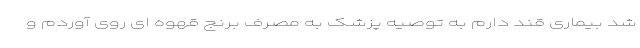
شد بیماری قند دارم به توصیه پزشک به مصرف برنج قهوه ای روی آوردم و